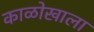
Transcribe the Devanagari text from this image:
काळोखाला